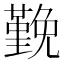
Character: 𭐅